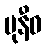
မုနီဓ